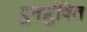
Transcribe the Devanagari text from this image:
पुनर्ध्रुवित